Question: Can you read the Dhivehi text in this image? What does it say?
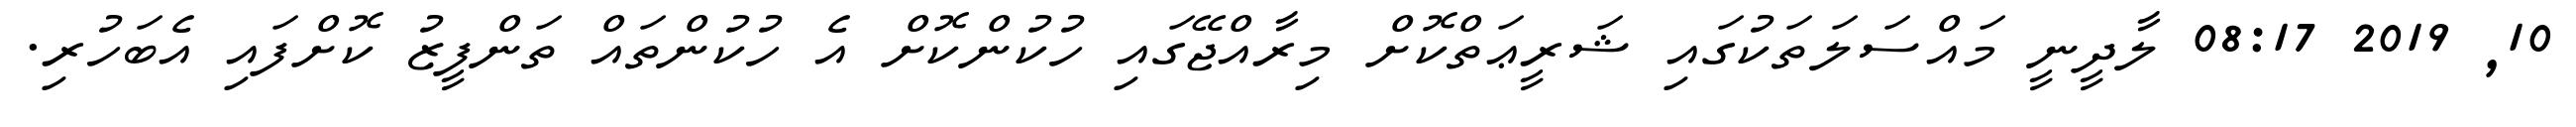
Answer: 10, 2019 08:17 ލާދީނީ މައްސަލަތަކުގައި ޝަރީޢަތްކޮށް މިރާއްޖޭގައި ހުކުންކޮށް އެ ހުކުންތައް ތަންފީޒު ކޮށްފައި އެބަހުރި.